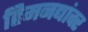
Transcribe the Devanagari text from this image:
हिमनद्यांवर